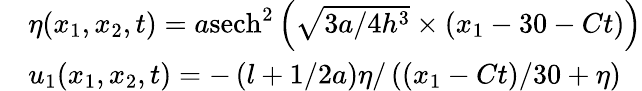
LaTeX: \begin{array}{rl}&{\eta(x_{1},x_{2},t)=a{{\operatorname{sech}}^{2}}\left(\sqrt{3a/4{{h}^{3}}}\times\left(x_{1}-30-Ct\right)\right)}\\ &{u_{1}(x_{1},x_{2},t)=-\left(l+1/2a\right)\eta/\left((x_{1}-Ct)/30+\eta\right)}\end{array}